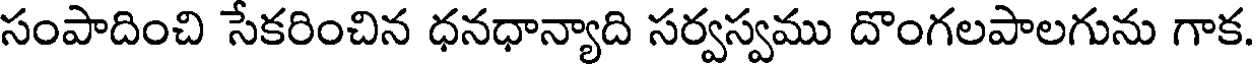
సంపాదించి సేకరించిన ధనధాన్యాది సర్వస్వము దొంగలపాలగును గాక